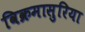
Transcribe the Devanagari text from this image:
विक्रमासुरिया